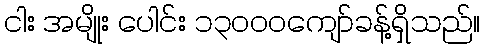
ငါး အမျိုး ပေါင်း ၁၃၀၀၀ကျော်ခန့်ရှိသည်။